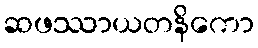
ဆဖဿာယတနိကော